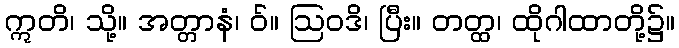
ဣတိ၊ သို့။ အတ္တာနံ၊ ဝ်။ ဩဝဒိ၊ ပြီး။ တတ္ထ၊ ထိုဂါထာတို့၌။